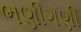
ભણીગણી